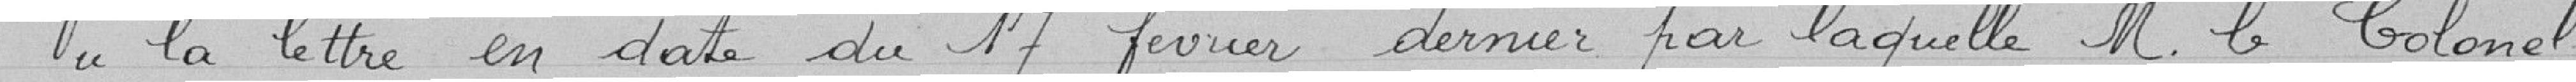
Vu la lettre en date du 17 février dernier par laquelle, monsieur le colonel